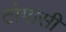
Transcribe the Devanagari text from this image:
टोमासी